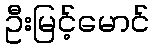
ဦးမြင့်မောင်